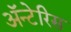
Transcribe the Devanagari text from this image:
अॅन्टेरिस